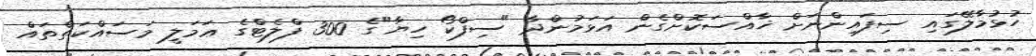
ހުޅުމާލޭގައި ސިފައިންނަށް ޚާއްސަކޮށްގެން އަޅަމުންދާ "ސިފްކޯ ހިޔާ"ގެ 300 ފްލެޓްގެ ޢަމަލީ މަސައްކަތްތައް